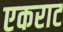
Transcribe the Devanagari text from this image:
एकराट